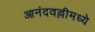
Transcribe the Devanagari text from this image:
आनंदवल्लीमध्ये